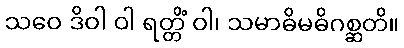
သဝေ ဒိဝါ ဝါ ရတ္တိံ ဝါ၊ သမာဓိမဓိဂစ္ဆတိ။